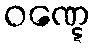
ဝဏ္ဋေ